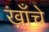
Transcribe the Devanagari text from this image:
ख़ाँचे